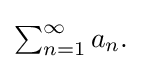
{\textstyle \sum _{n=1}^{\infty }a_{n}.}